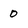
Character: 0